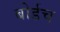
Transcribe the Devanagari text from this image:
बोर्डच